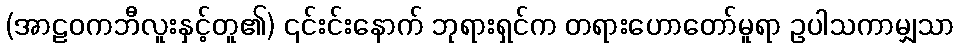
(အာဠဝကဘီလူးနှင့်တူ၏) ၎င်းင်းနောက် ဘုရားရှင်က တရားဟောတော်မူရာ ဥပါသကာမျှသာ